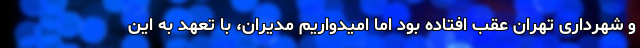
و شهرداری تهران عقب افتاده بود اما امیدواریم مدیران، با تعهد به این